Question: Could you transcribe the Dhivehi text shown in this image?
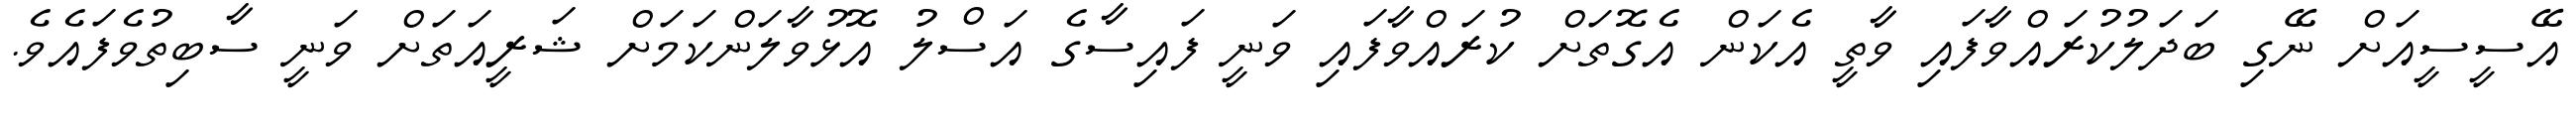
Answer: އޭސީސީއަށް ނޭގި ބަދަލުކުރައްވާފައި ވާތީ އެކަން އެގޮތަށް ކުރައްވާފައި ވަނީ ފައިސާގެ އަސްލު އޮޅުވާލަންކަމަށް ޝަރީއަތަށް ވަނީ ސާބިތުވެފައެވެ.